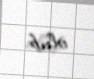
olub.